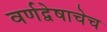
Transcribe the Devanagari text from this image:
वर्णद्वेषाचेच